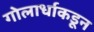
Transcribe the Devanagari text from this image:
गोलार्धाकडून